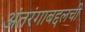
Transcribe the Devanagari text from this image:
अंतरंगाबद्दलची